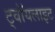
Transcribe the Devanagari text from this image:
ट्वॉयलाइट